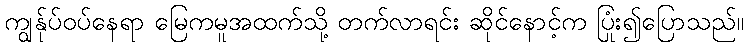
ကျွန်ုပ်ဝပ်နေရာ မြေကမူအထက်သို့ တက်လာရင်း ဆိုင်နောင့်က ပြုံး၍ပြောသည်။